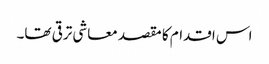
اس اقدام کا مقصد معاشی ترقی تھا۔